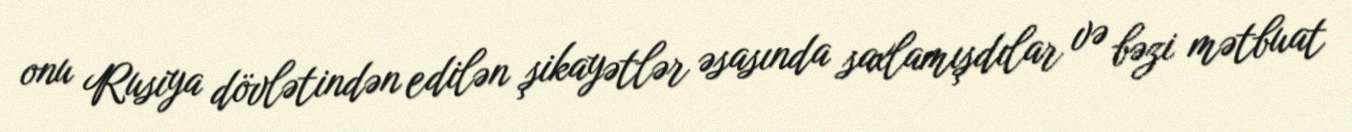
onu Rusiya dövlətindən edilən şikayətlər əsasında saxlamışdılar və bəzi mətbuat